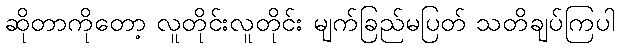
ဆိုတာကိုတော့ လူတိုင်းလူတိုင်း မျက်ခြည်မပြတ် သတိချပ်ကြပါ